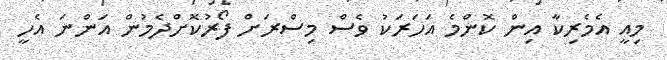
މިއީ އެމެރިކާ އިން ކޮންމެ އަހަރަކު ވެސް މިސްރަށް ފޯރުކޮށްދެމުން އަންނަ އެހީ